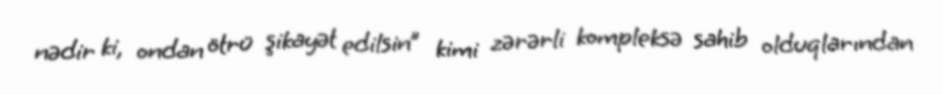
nədir ki, ondan ötrü şikayət edilsin” kimi zərərli kompleksə sahib olduqlarından